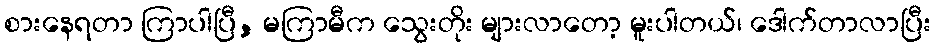
စားနေရတာ ကြာပါပြီ, မကြာမီက သွေးတိုး များလာတော့ မူးပါတယ်၊ ဒေါက်တာလာပြီး